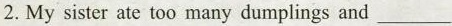
2. My sister ate too many dumplings and___